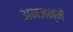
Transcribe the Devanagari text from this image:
अनजन्में